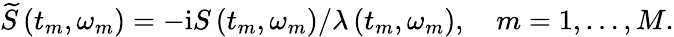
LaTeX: \widetilde{S}\left(t_{m},\omega_{m}\right)=-\mathrm{i}S\left(t_{m},\omega_{m}\right)/\lambda\left(t_{m},\omega_{m}\right),\quad m=1,\ldots,M.